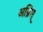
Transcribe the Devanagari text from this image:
अग्निस्